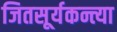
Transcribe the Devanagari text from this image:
जितसूर्यकन्त्या